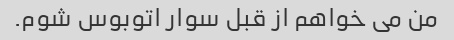
من می خواهم از قبل سوار اتوبوس شوم.